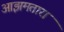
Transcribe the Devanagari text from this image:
आझमतारा